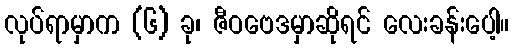
လုပ်ရာမှာက (၆) ခု၊ ဇီဝဗေဒမှာဆိုရင် လေးခန်းပေါ့။